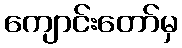
ကျောင်းတော်မှ